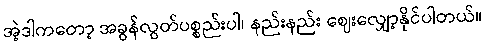
အဲ့ဒါကတော့ အခွန်လွတ်ပစ္စည်းပါ၊ နည်းနည်း ဈေးလျှော့နိုင်ပါတယ်။